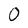
Character: 0